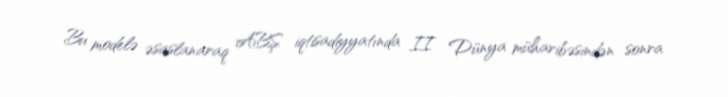
Bu modelə əsaslanaraq ABŞ iqtisadiyyatında II Dünya müharibəsindən sonra